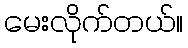
မေးလိုက်တယ်။